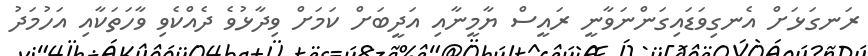
ރަނގަޅަށް އެނގިވަޑައިގަންނަވާނީ ރައީސް ޔާމީނާއި އަދީބަށް ކަމަށް ވިދާޅުވެ ދެެއްކެވި ވާހަތަކާއި އަހުމަދު